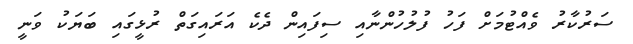
ސަރުކާރު ވެއްޓުމަށް ފަހު ފުލުހުންނާއި ސިފައިން ދެކެ އަރައިގަތް ރުޅީގައި ބަޔަކު ވަނީ